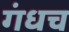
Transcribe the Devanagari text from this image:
गंधच